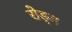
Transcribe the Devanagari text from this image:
रोड्ज